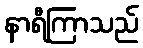
နာရီကြာသည်